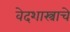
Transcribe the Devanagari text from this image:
वेदशास्त्राचे